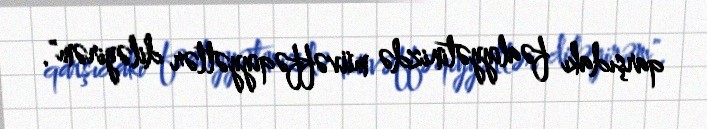
qarşıdakı fəaliyyətinizdə müvəffəqiyyətlər diləyirəm".